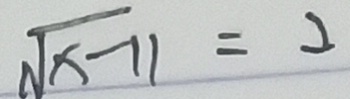
\sqrt { x - 1 1 } = 2